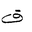
Letter: _qaf